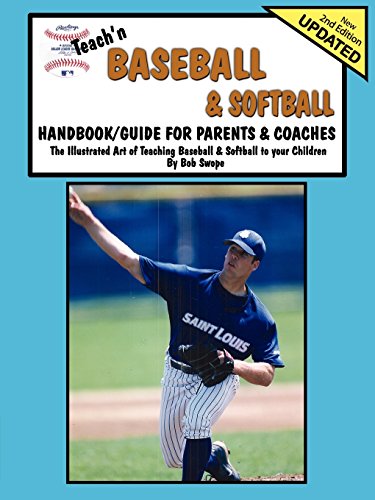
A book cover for Teach'n Baseball & Softball-Handbook/Guide for Parents & Coaches; Bob Swope; Sports & Outdoors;